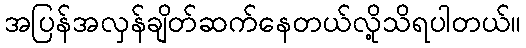
အပြန်အလှန်ချိတ်ဆက်နေတယ်လို့သိရပါတယ်။